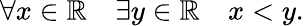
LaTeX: \forall x\in\mathbb{R}\quad\exists y\in\mathbb{R}\quad x<y.